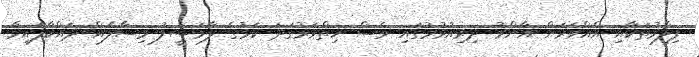
ފިލްމުތަކާއި އެއްވަރަށް އާންމު ދިރިއުޅުމުގައި ވެސް ހިތްވަރުގަދަ ކަމުގެ ލާމަސީލު މިސާލެއް ދައްކާފައިވާ